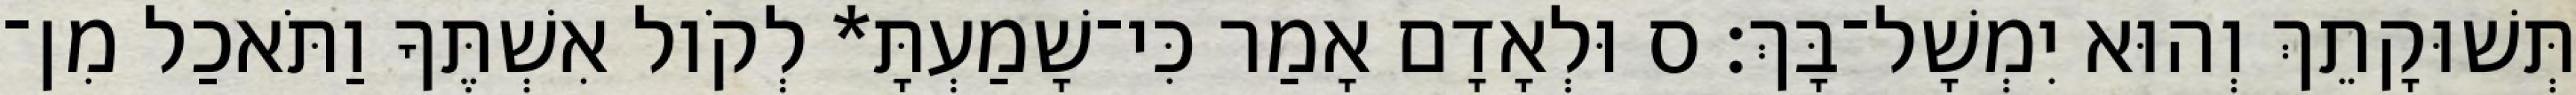
תְּשׁוּקָתֵךְ וְהוּא יִמְשָׁל־בָּךְ׃ ס וּלְאָדָם אָמַר כִּי־שָׁמַעְתָּ* לְקֹול אִשְׁתֶּךָ וַתֹּאכַל מִן־